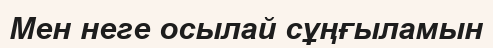
Мен неге осылай сұңғыламын